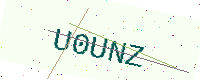
Text: U0UNZ